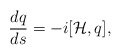
\begin{align*}\frac{dq}{ds}= -i[{\cal H},q],\end{align*}